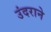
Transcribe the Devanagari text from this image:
उंदराने